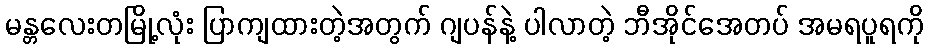
မန္တလေးတမြို့လုံး ပြာကျထားတဲ့အတွက် ဂျပန်နဲ့ ပါလာတဲ့ ဘီအိုင်အေတပ် အမရပူရကို